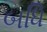
બધિ